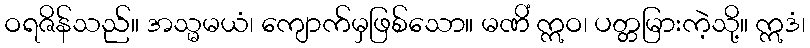
ဝရဇိန်သည်။ အသ္မမယံ၊ ကျောက်မှဖြစ်သော။ မဏိံ ဣဝ၊ ပတ္တမြားကဲ့သို့။ ဣဒံ၊